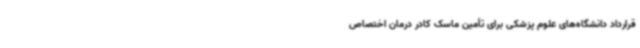
قرارداد دانشگاه‌های علوم پزشکی برای تأمین ماسک کادر درمان اختصاص